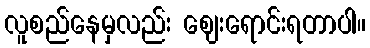
လူစည်နေမှလည်း ဈေးရောင်းရတာပါ။